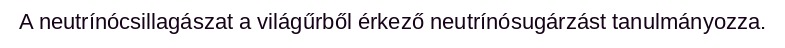
A neutrínócsillagászat a világűrből érkező neutrínósugárzást tanulmányozza.